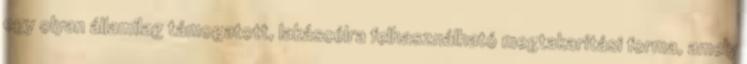
egy olyan államilag támogatott, lakáscélra felhasználható megtakarítási forma, amely